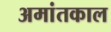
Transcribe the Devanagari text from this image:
अमांतकाल